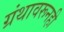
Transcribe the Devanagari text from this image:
ग्रंथावरूनही